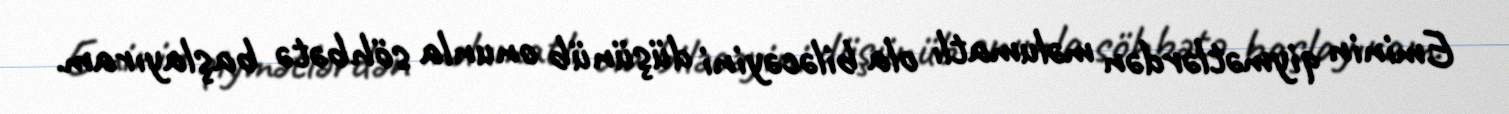
Eminin qiymətlərdən məlumatlı ola biləcəyini düşünüb onunla söhbətə başlayıram.